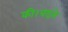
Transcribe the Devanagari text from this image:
की।बदले